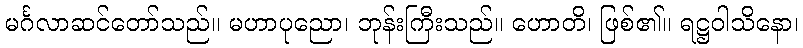
မင်္ဂလာဆင်တော်သည်။ မဟာပုညော၊ ဘုန်းကြီးသည်။ ဟောတိ၊ ဖြစ်၏။ ရဋ္ဌဝါသိနော၊